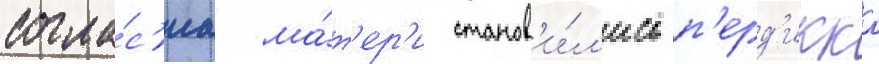
согла́с'иа ма́т'ер'и станов'и́л'ись п'ерд'икка